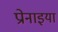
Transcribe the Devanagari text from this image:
प्रोनाइया